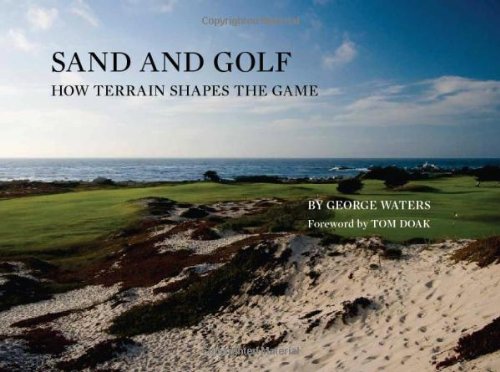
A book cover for Sand and Golf: How Terrain Shapes the Game; George Waters; Arts & Photography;